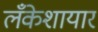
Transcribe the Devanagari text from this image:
लँकेशायार